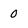
Character: 0